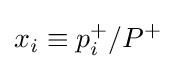
x_{i}\equiv p_{i}^{+}/P^{+}